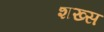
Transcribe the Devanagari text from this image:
शख्‍स